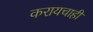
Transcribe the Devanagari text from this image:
करायचाही